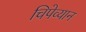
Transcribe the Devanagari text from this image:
चिपेव्यान